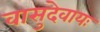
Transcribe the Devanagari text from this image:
वासुदेवायः